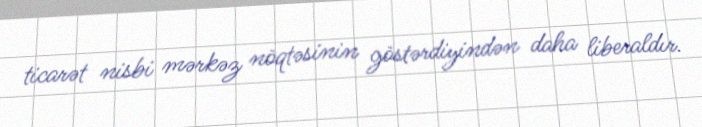
ticarət nisbi mərkəz nöqtəsinin göstərdiyindən daha liberaldır.